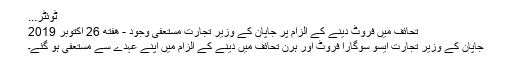
ٹوئٹر...
تحائف میں فروٹ دینے کے الزام پر جاپان کے وزیر تجارت مستعفی وجود - هفته 26 اکتوبر 2019
جاپان کے وزیر تجارت ایسو سوگارا فروٹ اور ہرن تحائف میں دینے کے الزام میں اپنے عہدے سے مستعفی ہو گئے۔